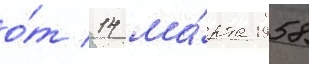
о́т 14 ма́рта 1958